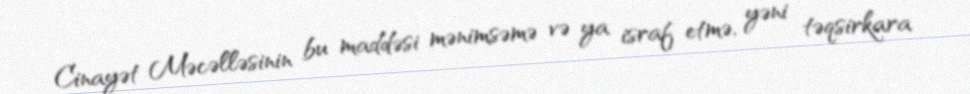
Cinayət Məcəlləsinin bu maddəsi mənimsəmə və ya israf etmə, yəni təqsirkara